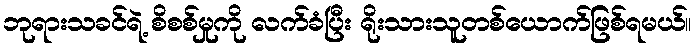
ဘုရားသခင်ရဲ့ စိစစ်မှုကို လက်ခံပြီး ရိုးသားသူတစ်ယောက်ဖြစ်ရမယ်။